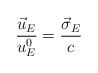
LaTeX: \begin{align*}\frac{\vec u_E}{u^0_E}=\frac{\vec\sigma_E}{c} \end{align*}